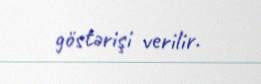
göstərişi verilir.